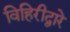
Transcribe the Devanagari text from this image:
विहिरीद्वारे